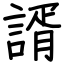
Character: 諝